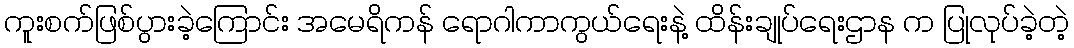
ကူးစက်ဖြစ်ပွားခဲ့ကြောင်း အမေရိကန် ရောဂါကာကွယ်ရေးနဲ့ ထိန်းချုပ်ရေးဌာန က ပြုလုပ်ခဲ့တဲ့